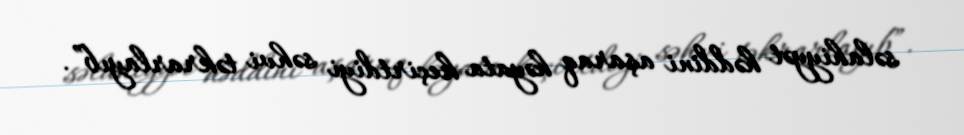
səlahiyyət həddini aşaraq həyata keçirtdiyi səhvi təkrarlayıb”.